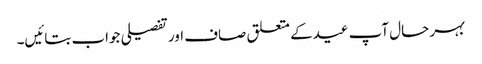
بہر حال آپ عیدکے متعلق صاف اور تفصیلی جواب بتائیں۔